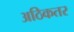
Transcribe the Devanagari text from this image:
अठिकतर